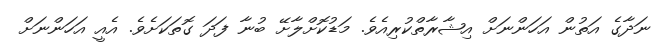
ނަދާގެ އަތުން އަހަންނަށް އިޝާރާތްކުރިއެވެ. މަޑުކޮށްލާށޭ ބުނާ ފަދަ ގޮތަކަށެވެ. އެއީ އަހަންނަށް